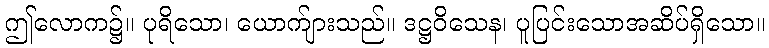
ဤလောက၌။ ပုရိသော၊ ယောက်ျားသည်။ ဒဋ္ဌဝိသေန၊ ပူပြင်းသောအဆိပ်ရှိသော။